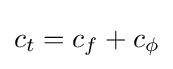
c_{t}=c_{f}+c_{\phi }